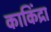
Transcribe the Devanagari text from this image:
काकिंद्रा